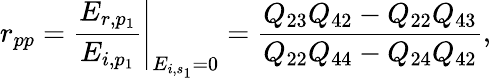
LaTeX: r_{pp}=\left.\frac{E_{r,p_{1}}}{E_{i,p_{1}}}\right\vert_{E_{i,s_{1}}=0}=\frac{Q_{23}Q_{42}-Q_{22}Q_{43}}{Q_{22}Q_{44}-Q_{24}Q_{42}},